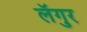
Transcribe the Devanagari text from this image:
लॅगुर